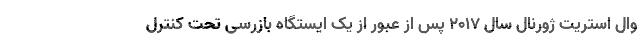
وال استریت ژورنال سال ۲۰۱۷ پس از عبور از یک ایستگاه بازرسی تحت کنترل